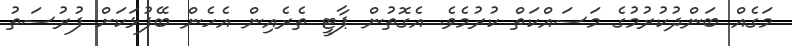
މަގެއް ބަންދުކުރުމުގެ މަސައްކަތް ކުރުމެވެ. އެގޮތުން ޕާޓީ ތެރެއިން އެހެން ބޭފުޅަކަށް ފުރުސަތު